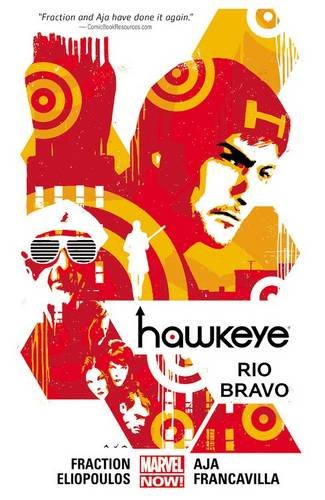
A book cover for Hawkeye Volume 4: Rio Bravo (Marvel Now); Matt Fraction; Comics & Graphic Novels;